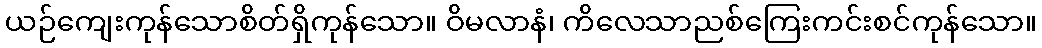
ယဉ်ကျေးကုန်သောစိတ်ရှိကုန်သော။ ဝိမလာနံ၊ ကိလေသာညစ်ကြေးကင်းစင်ကုန်သော။